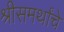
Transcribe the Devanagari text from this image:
श्रीसमर्थांचे